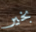
بخير